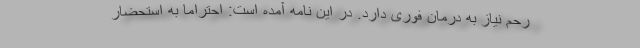
رحم نیاز به درمان فوری دارد. در این نامه آمده است: احتراماً به استحضار